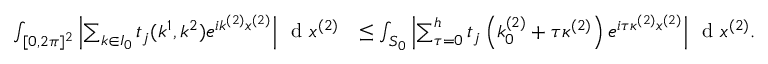
\begin{array} { r l } { \int _ { [ 0 , 2 \pi ] ^ { 2 } } \left\vert \sum _ { k \in I _ { 0 } } t _ { j } ( k ^ { 1 } , k ^ { 2 } ) e ^ { i k ^ { ( 2 ) } x ^ { ( 2 ) } } \right\vert \, \textnormal { d } x ^ { ( 2 ) } } & { \leq \int _ { S _ { 0 } } \left\vert \sum _ { \tau = 0 } ^ { h } t _ { j } \left( k _ { 0 } ^ { ( 2 ) } + \tau \kappa ^ { ( 2 ) } \right) e ^ { i \tau \kappa ^ { ( 2 ) } x ^ { ( 2 ) } } \right\vert \, \textnormal { d } x ^ { ( 2 ) } . } \end{array}